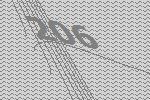
206